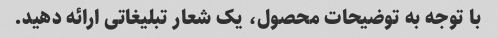
با توجه به توضیحات محصول، یک شعار تبلیغاتی ارائه دهید.